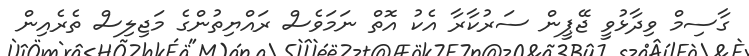
ގާސިމް ވިދާޅުވީ ޖޭޕީން ސަރުކާރާ އެކު އޮތް ނަމަވެސް ރައްޔިތުންގެ މަޖިލިސް ތެރެއިން